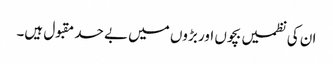
ان کی نظمیں بچوں اور بڑوں میں بے حد مقبول ہیں۔